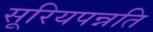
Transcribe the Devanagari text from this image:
सूरियपन्नति